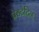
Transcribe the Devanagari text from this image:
प्रेसटेटिन